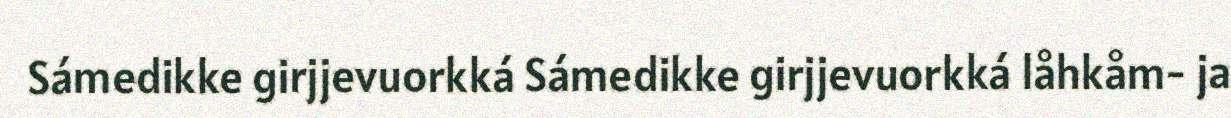
Sámedikke girjjevuorkká Sámedikke girjjevuorkká låhkåm- ja